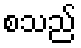
စသည်